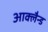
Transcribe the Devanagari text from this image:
आक्लैन्ड